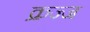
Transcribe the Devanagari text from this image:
क्रज्ज